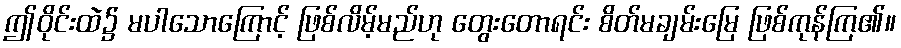
ဤဝိုင်းထဲ၌ မပါသောကြောင့် ဖြစ်လိမ့်မည်ဟု တွေးတောရင်း စိတ်မချမ်းမြေ ဖြစ်ကုန်ကြ၏။